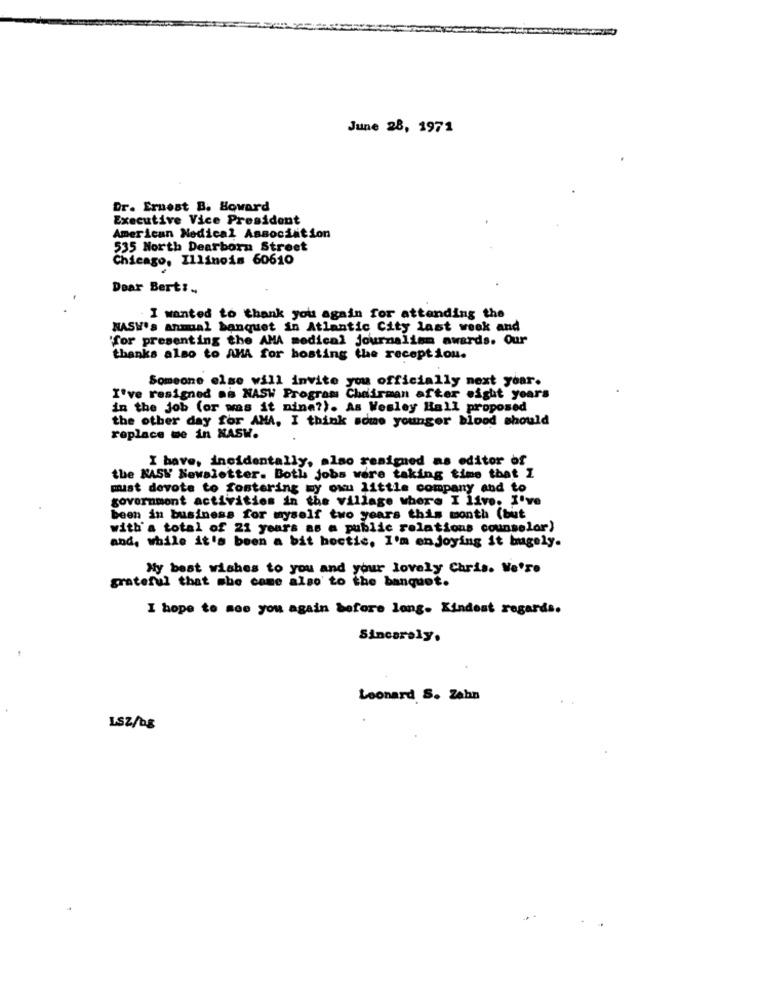
June 28, 1971
Dr. Ernest B. Howard
Executive Vice President
American Nedical Association
535 North Dearborn Street
Chicago, Illinois 60610
Dear Bert :..
I wanted to thank you again for attending the
NASY's annual banquet in Atlantic City last week and
'for presenting the AMA medical journalism awards. Our
thanks also to AMA for hosting the reception.
Someone else will invite you officially next year.
I've resigned mm NASW Program Chairman after eight years
in the job (or was it mine?). As Wesley Hall proposed
the other day for AMA, I think some younger blood should
replace me in NASW.
I have, incidentally, also resigned as editor of
the KASY Newsletter. Both jobs were taking time that I
must dovote to fostering my own little company and to
government activities in the village where I live. I've
been in business for myself two years this month (but
with' a total of 21 years as a public relations counselor)
and, while it's been a bit hectic, I'm enjoying it hugely.
My best wishes to you and your lovely Chris. We're
grateful that she came also to the banquet.
I hope to see you again before long. Kindest regards.
Sincerely.
Leonard S. Zahn
LS2/08